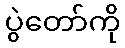
ပွဲတော်ကို